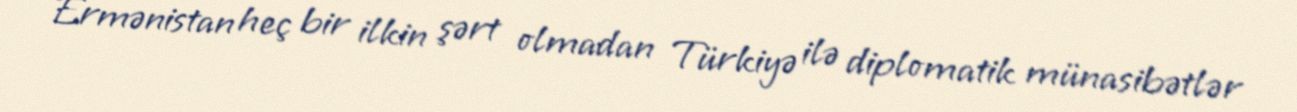
Ermənistan heç bir ilkin şərt olmadan Türkiyə ilə diplomatik münasibətlər